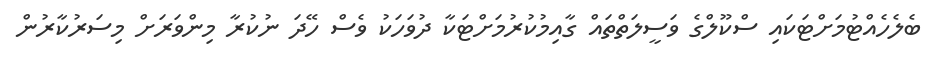
ބެލެހެއްޓުމަށްޓަކައި ސްކޫލްގެ ވަސީލަތްތައް ގާއިމުކުރުމަށްޓަކާ ދުވަހަކު ވެސް ހޭދަ ނުކުރާ މިންވަރަށް މިސަރުކާރުން